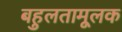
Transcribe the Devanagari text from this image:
बहुलतामूलक